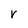
Character: V